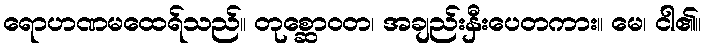
ရောဟဏမထေရ်သည်။ တုစ္ဆောဝတ၊ အချည်းနှီးပေတကား။ မေ၊ ငါ၏။